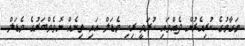
މަގާމުގެ ކުރިއެރުން ދެއްވައި ހުރަވީ ރިހި މެޑަލް އައި ތިނެއް ނޮވެމްބަރުގެ މެޑަލް